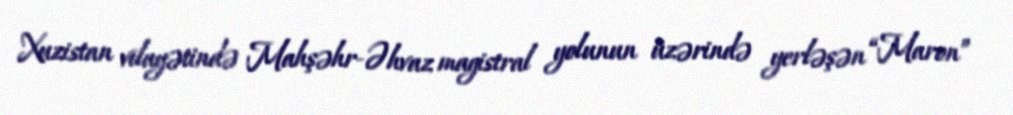
Xuzistan vilayətində Mahşəhr-Əhvaz magistral yolunun üzərində yerləşən “Maron”